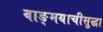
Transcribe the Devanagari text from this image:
वाङ्मयाचीसुद्धा